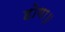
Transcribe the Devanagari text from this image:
होगा॥